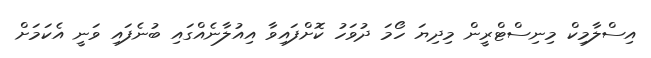
އިސްލާމިކް މިނިސްޓްރީން މިދިޔަ ހޯމަ ދުވަހު ކޮށްފައިވާ އިއުލާނެއްގައި ބުނެފައި ވަނީ އެކަމަށް